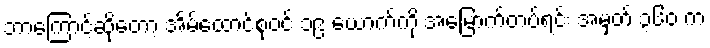
ဘာကြောင့်ဆိုတော့ အိမ်ထောင်စုဝင် ၁၉ ယောက်ကို အမြောက်တပ်ရင်း အမှတ် ၃၆၀ က